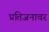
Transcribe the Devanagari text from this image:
प्रतिजनावर